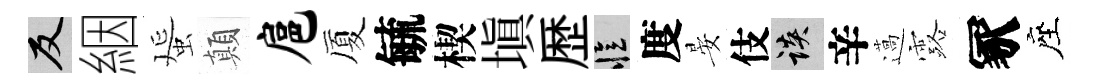
反絪蜑顛扈厦毓楔塡歴忆度晏伎談辛薖露冢座